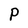
Character: P